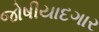
જોષીયાદગાર